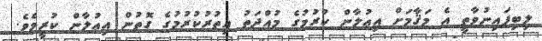
ލިބިފައިނުވާތީ އެ މަޤާމަށް އިޢުލާން ކުރުމުގެ މުއްދަތު އިތުރުކުރުމުގެ ގޮތުން އިޢުލާން ކުރީމެވެ.